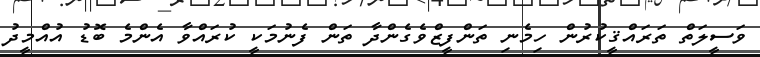
ވަސީލަތް ތަރައްޤީކުރުން ހިމެނި ތަންފީޒްވެގެންދާ ތަން ފެނުމަކީ ކުރައްވާ އެންމެ ބޮޑު އުއްމީދު